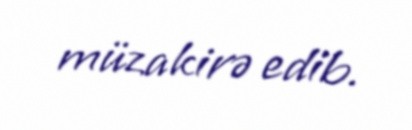
müzakirə edib.